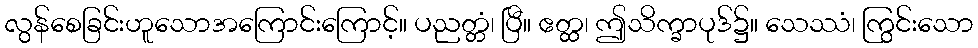
လွန်စေခြင်းဟူသောအကြောင်းကြောင့်။ ပညတ္တံ၊ ပြီ။ ဧတ္ထ၊ ဤသိက္ခာပုဒ်၌။ သေဿံ၊ ကြွင်းသော